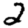
Digit: 2